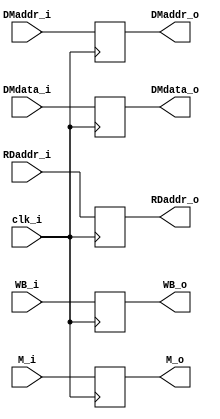
module EX_MEM
(
	clk_i,
	WB_i,//control signal
	M_i,//control signal
	DMaddr_i,
	DMdata_i,
	RDaddr_i,
	WB_o,//control signal
	M_o,//control signal
	DMaddr_o,
	DMdata_o,
	RDaddr_o
);

// Ports
input				clk_i;
input	[1:0]		WB_i;//control signal
input	[1:0]		M_i;//control signal
input	[31:0]		DMaddr_i;
input	[31:0]		DMdata_i;
input	[4:0]		RDaddr_i;
output	[1:0]		WB_o;//control signal
output	[1:0]		M_o;//control signal
output	[31:0]		DMaddr_o;
output	[31:0]		DMdata_o;
output	[4:0]		RDaddr_o;

// Wires & Registers
reg		[1:0]		WB_o;//control signal
reg		[1:0]		M_o;//control signal
reg		[31:0]		DMaddr_o;
reg		[31:0]		DMdata_o;
reg		[4:0]		RDaddr_o;

initial begin
	WB_o = 2'b0;
	M_o = 2'b0;
	DMaddr_o = 32'b0;
	DMdata_o = 32'b0;
	RDaddr_o = 5'b0;
end
 
always@(posedge clk_i) begin
	WB_o <= WB_i;//control signal
	M_o <= M_i;//control signal
	DMaddr_o <= DMaddr_i;
	DMdata_o <= DMdata_i;
	RDaddr_o <= RDaddr_i;
end
   
endmodule